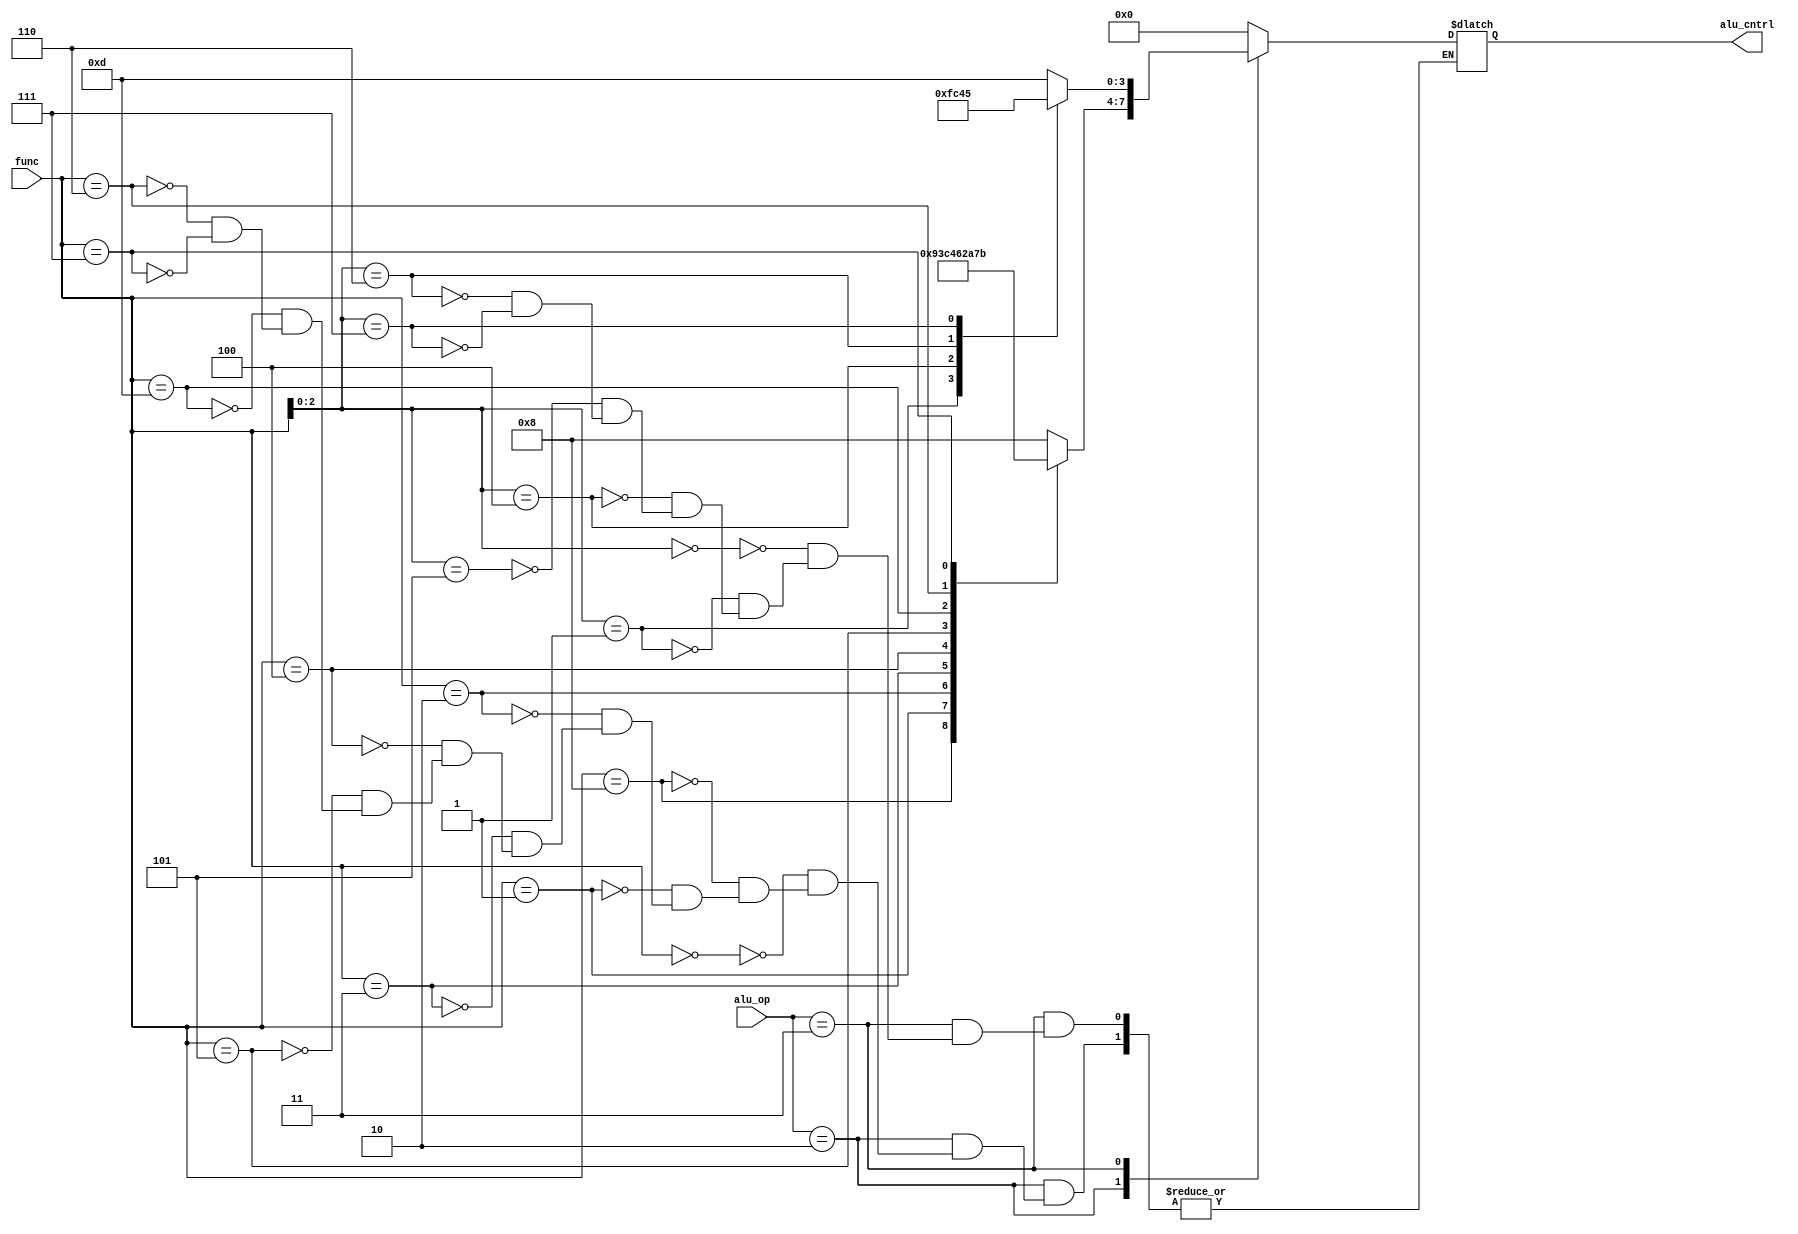
module ALU_Control(func,alu_cntrl,alu_op); //out is the control signal to the alu which will tell it the operation to be performed
input [3:0]func;
input [1:0]alu_op;
output reg [3:0]alu_cntrl;

always@(func or alu_op)
begin
	case(alu_op)
	2'b00://for J-Type instruction ALU is in idle state
               alu_cntrl=4'bzzzz;
	2'b01: //LW,SW should perform ADD operation for address calculation
		alu_cntrl = 4'b0000;
	
	2'b10://for R-type and I-type instructions operation performed based on f7 and f3
		case(func)
			 4'b0000: // ALU should perform ADD
				alu_cntrl = 4'b1000;
			 4'b1000: // ALU should perform SUB
				alu_cntrl = 4'b1001;
			 4'b0001: // ALU should perform SLL
				alu_cntrl = 4'b0011;
			 4'b0010: // ALU should perform SLT
				alu_cntrl = 4'b1100;
			 4'b0011: // ALU should perform SLTU
				alu_cntrl = 4'b0100;
			 4'b0100: // ALU should perform XOR
				alu_cntrl = 4'b0110;
			 4'b0101: // ALU should perform SRL
				alu_cntrl = 4'b0010;
			 4'b1101: // ALU should perform SRA
				alu_cntrl = 4'b1010;
			 4'b0110: // ALU should perform OR
				alu_cntrl = 4'b0111;	
			 4'b0111: // ALU should perform AND
				alu_cntrl = 4'b1011;	
		endcase
	2'b11://for branch instructions alu should perform subtraction
		case(func[2:0])	
			3'b000 : alu_cntrl = 4'b1101 ;  //BEQ
			3'b001 : alu_cntrl = 4'b1111 ; //BNE
			3'b100 : alu_cntrl = 4'b1100 ; //BLT
			3'b101 : alu_cntrl = 4'b1101 ; //BGE
			3'b110 : alu_cntrl = 4'b0100 ; //BLTU
			3'b111 : alu_cntrl = 4'b0101 ; //BGEU 
		endcase
	endcase
end
endmodule